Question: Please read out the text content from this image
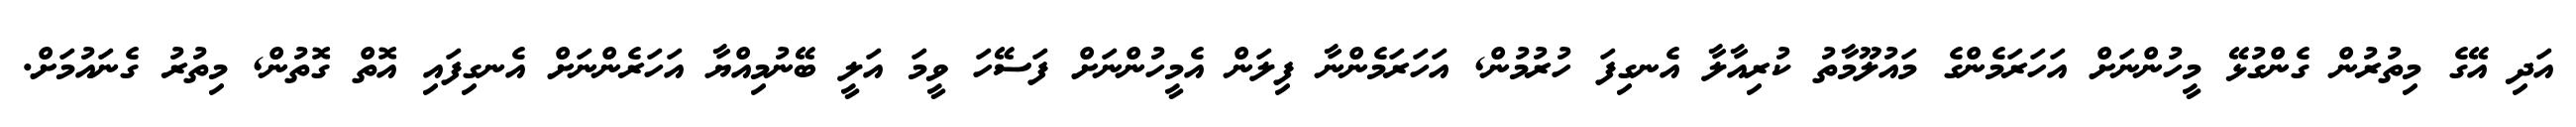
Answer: އަދި އޭގެ މިތުރުން ގެންގުޅޭ މީހުންނަށް އަހަރަމެންގެ މައުލޫމާތު ކުރިއާލާ އެނގިފަ ހުރުމުން, އަހަރަމެންނާ ފިލަން އެމީހުންނަށް ފަސޭހަ ވީމަ އަލީ ބޭނުމިއްޔާ އަހަރެންނަށް އެނގިފައި އޮތް ގޮތުން, މިތުރު ގެނައުމަށް.